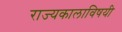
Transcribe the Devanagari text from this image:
राज्यकालाविषयी